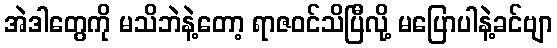
အဲဒါတွေကို မသိဘဲနဲ့တော့ ရာဇဝင်သိပြီလို့ မပြောပါနဲ့ခင်ဗျာ